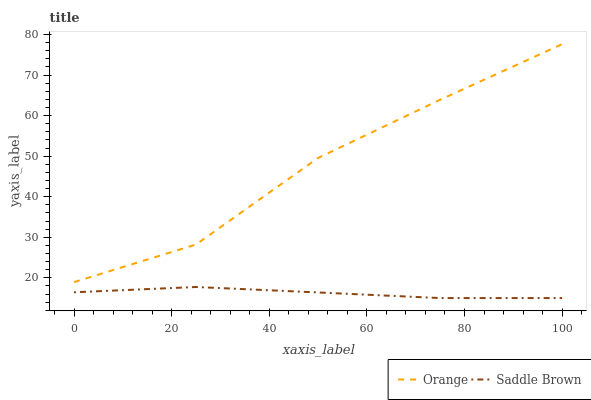
| xaxis_label | Orange | Saddle Brown |
 | --- | --- | --- |
 | 0 | 18.9 | 16.4 |
 | 25 | 28.2 | 17.7 |
 | 50 | 49.5 | 16.4 |
 | 75 | 63.9 | 15 |
 | 100 | 77.6 | 15 |